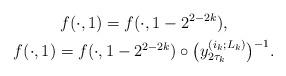
LaTeX: \begin{gather*}f(\cdot, 1) = f(\cdot,1-2^{2-2k}), \\f(\cdot, 1) = f(\cdot,1-2^{2-2k}) \circ \big(y_{2\tau_k}^{(i_k;L_k)}\big)^{-1}.\end{gather*}